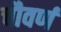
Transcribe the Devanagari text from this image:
चौवर्ण